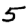
Digit: 5